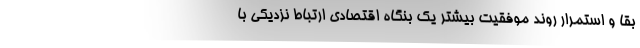
بقا و استمرار روند موفقیت بیشتر یک بنگاه اقتصادی ارتباط نزدیکی با